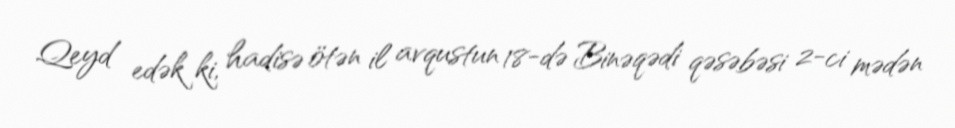
Qeyd edək ki, hadisə ötən il avqustun 18-də Binəqədi qəsəbəsi 2-ci mədən